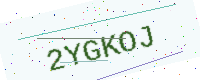
Text: 2YGKOJ